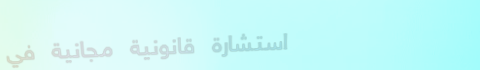
استشارة قانونية مجانية في